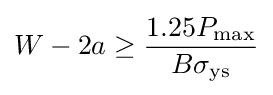
W-2a\geq {1.25P_{\max } \over B{\sigma _{\rm {ys}}}}